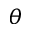
\theta